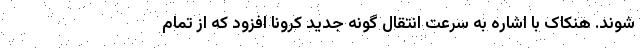
شوند. هنکاک با اشاره به سرعت انتقال گونه جدید کرونا افزود که از تمام